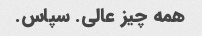
همه چیز عالی. سپاس.